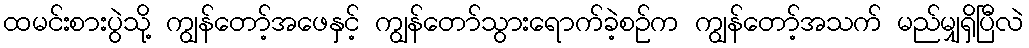
ထမင်းစားပွဲသို့ ကျွန်တော့်အဖေနှင့် ကျွန်တော်သွားရောက်ခဲ့စဉ်က ကျွန်တော့်အသက် မည်မျှရှိပြီလဲ